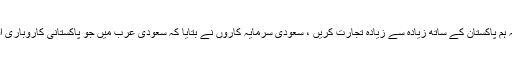
اس موقع پر سعودی کاروباری افراد کا کہنا تھاکہ ہماری خواہش اور کوشش ہے کہ ہم پاکستان کے ساتھ زیادہ سے زیادہ تجارت کریں ، سعودی سرمایہ کاروں نے بتایا کہ سعودی عرب میں جو پاکستانی کاروباری افراد ہیں وہ سعودی معیشت میں ایمانداری سے اسکی وسعت کئے کام کررہے ہیں ۔